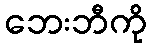
ဘေးဘီကို